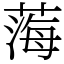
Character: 𦷫